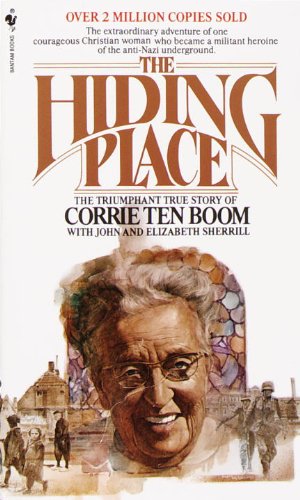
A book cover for The Hiding Place; Corrie Ten Boom; Biographies & Memoirs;